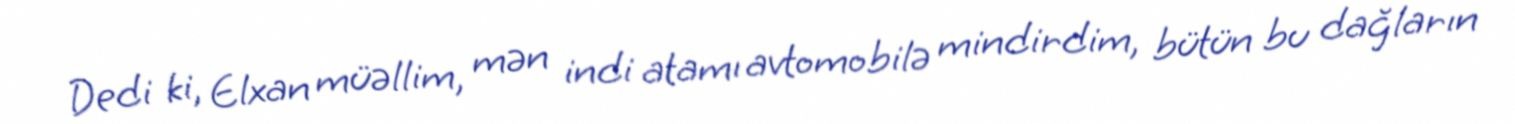
Dedi ki, Elxan müəllim, mən indi atamı avtomobilə mindirdim, bütün bu dağların